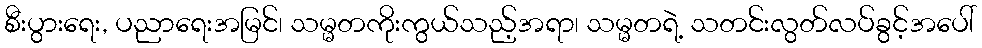
စီးပွားရေး, ပညာရေးအမြင်၊ သမ္မတကိုးကွယ်သည့်အရာ၊ သမ္မတရဲ့ သတင်းလွတ်လပ်ခွင့်အပေါ်